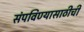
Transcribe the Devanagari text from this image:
संपविण्यासाठीची